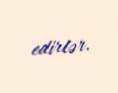
edirlər.